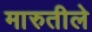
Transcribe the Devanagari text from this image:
मारुतीले